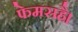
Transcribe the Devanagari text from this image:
फेमसहै।